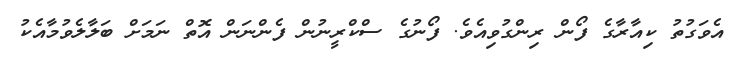
އެވަގުތު ކިއާރާގެ ފޯން ރިންގުވިއެވެ. ފޯނުގެ ސްކްރީނުން ފެންނަން އޮތް ނަމަށް ބަލާލެވުމާއެކު